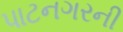
પાટનગરની